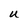
Character: u